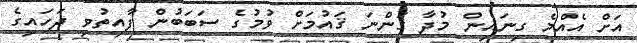
އަށް އެއްމެ ގިނައިން މުދާ ގަންނަ ޤައުމަށް ވުމުގެ ސަބަބުން ފާއިތުވި ދަހައިގެ